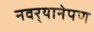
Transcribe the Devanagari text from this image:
नवर्‍यानेपण